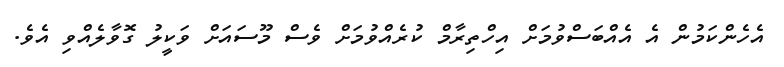
އެހެންކަމުން އެ އެއްބަސްވުމަށް އިހްތިރާމް ކުރެއްވުމަށް ވެސް މޫސައަށް ވަކީލު ގޮވާލެއްވި އެވެ.